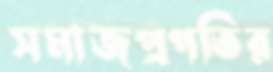
সমাজপ্রগতির